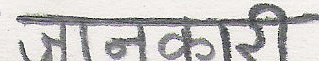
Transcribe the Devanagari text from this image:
जानकारी